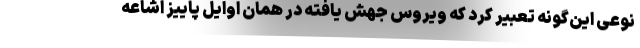
نوعی این‌‌گونه تعبیر کرد که ویروس جهش یافته در همان اوایل پاییز اشاعه